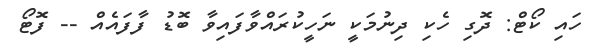
ހައި ކޯޓް: ދޮގި ހެކި ދިނުމަކީ ނަހީކުރައްވާފައިވާ ބޮޑު ފާފައެއް -- ފޮޓޯ